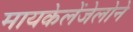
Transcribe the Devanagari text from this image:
मायकेलेंजेलोने